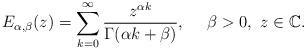
LaTeX: \begin{align*}E_{\alpha ,\beta}(z)=\sum_{k=0}^{\infty} \frac{z^{\alpha k}}{\Gamma(\alpha k + \beta)},~~~~ \beta>0, ~ z \in \mathbb{C}.\end{align*}